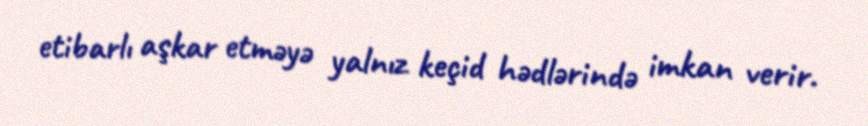
etibarlı aşkar etməyə yalnız keçid hədlərində imkan verir.